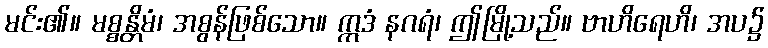
မင်း၏။ မစ္စန္တိမံ၊ အစွန်ဖြစ်သော။ ဣဒံ နဂရံ၊ ဤမြို့သည်။ ဗာဟိရေဟိ၊ အပ၌